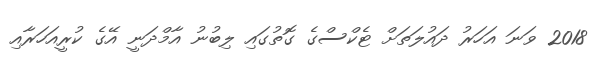
2018 ވަނަ އަހަރު ދައުލަތަށް ޓެކްސްގެ ގޮތުގައި ލިބުނު އާމްދަނީ އޭގެ ކުރީއަހަރާއި